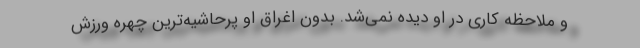
و ملاحظه کاری در او دیده نمی‌شد. بدون اغراق او پرحاشیه‌ترین چهره ورزش